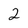
Character: 2